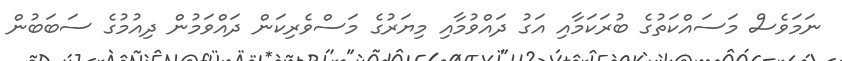
ނަމަވެސް މަސައްކަތުގެ ބުރަކަމާއި އަގު ދައްވުމާއި މިޔަރުގެ މަސްވެރިކަން ދައްވަމުން ދިއުމުގެ ސަބަބުން